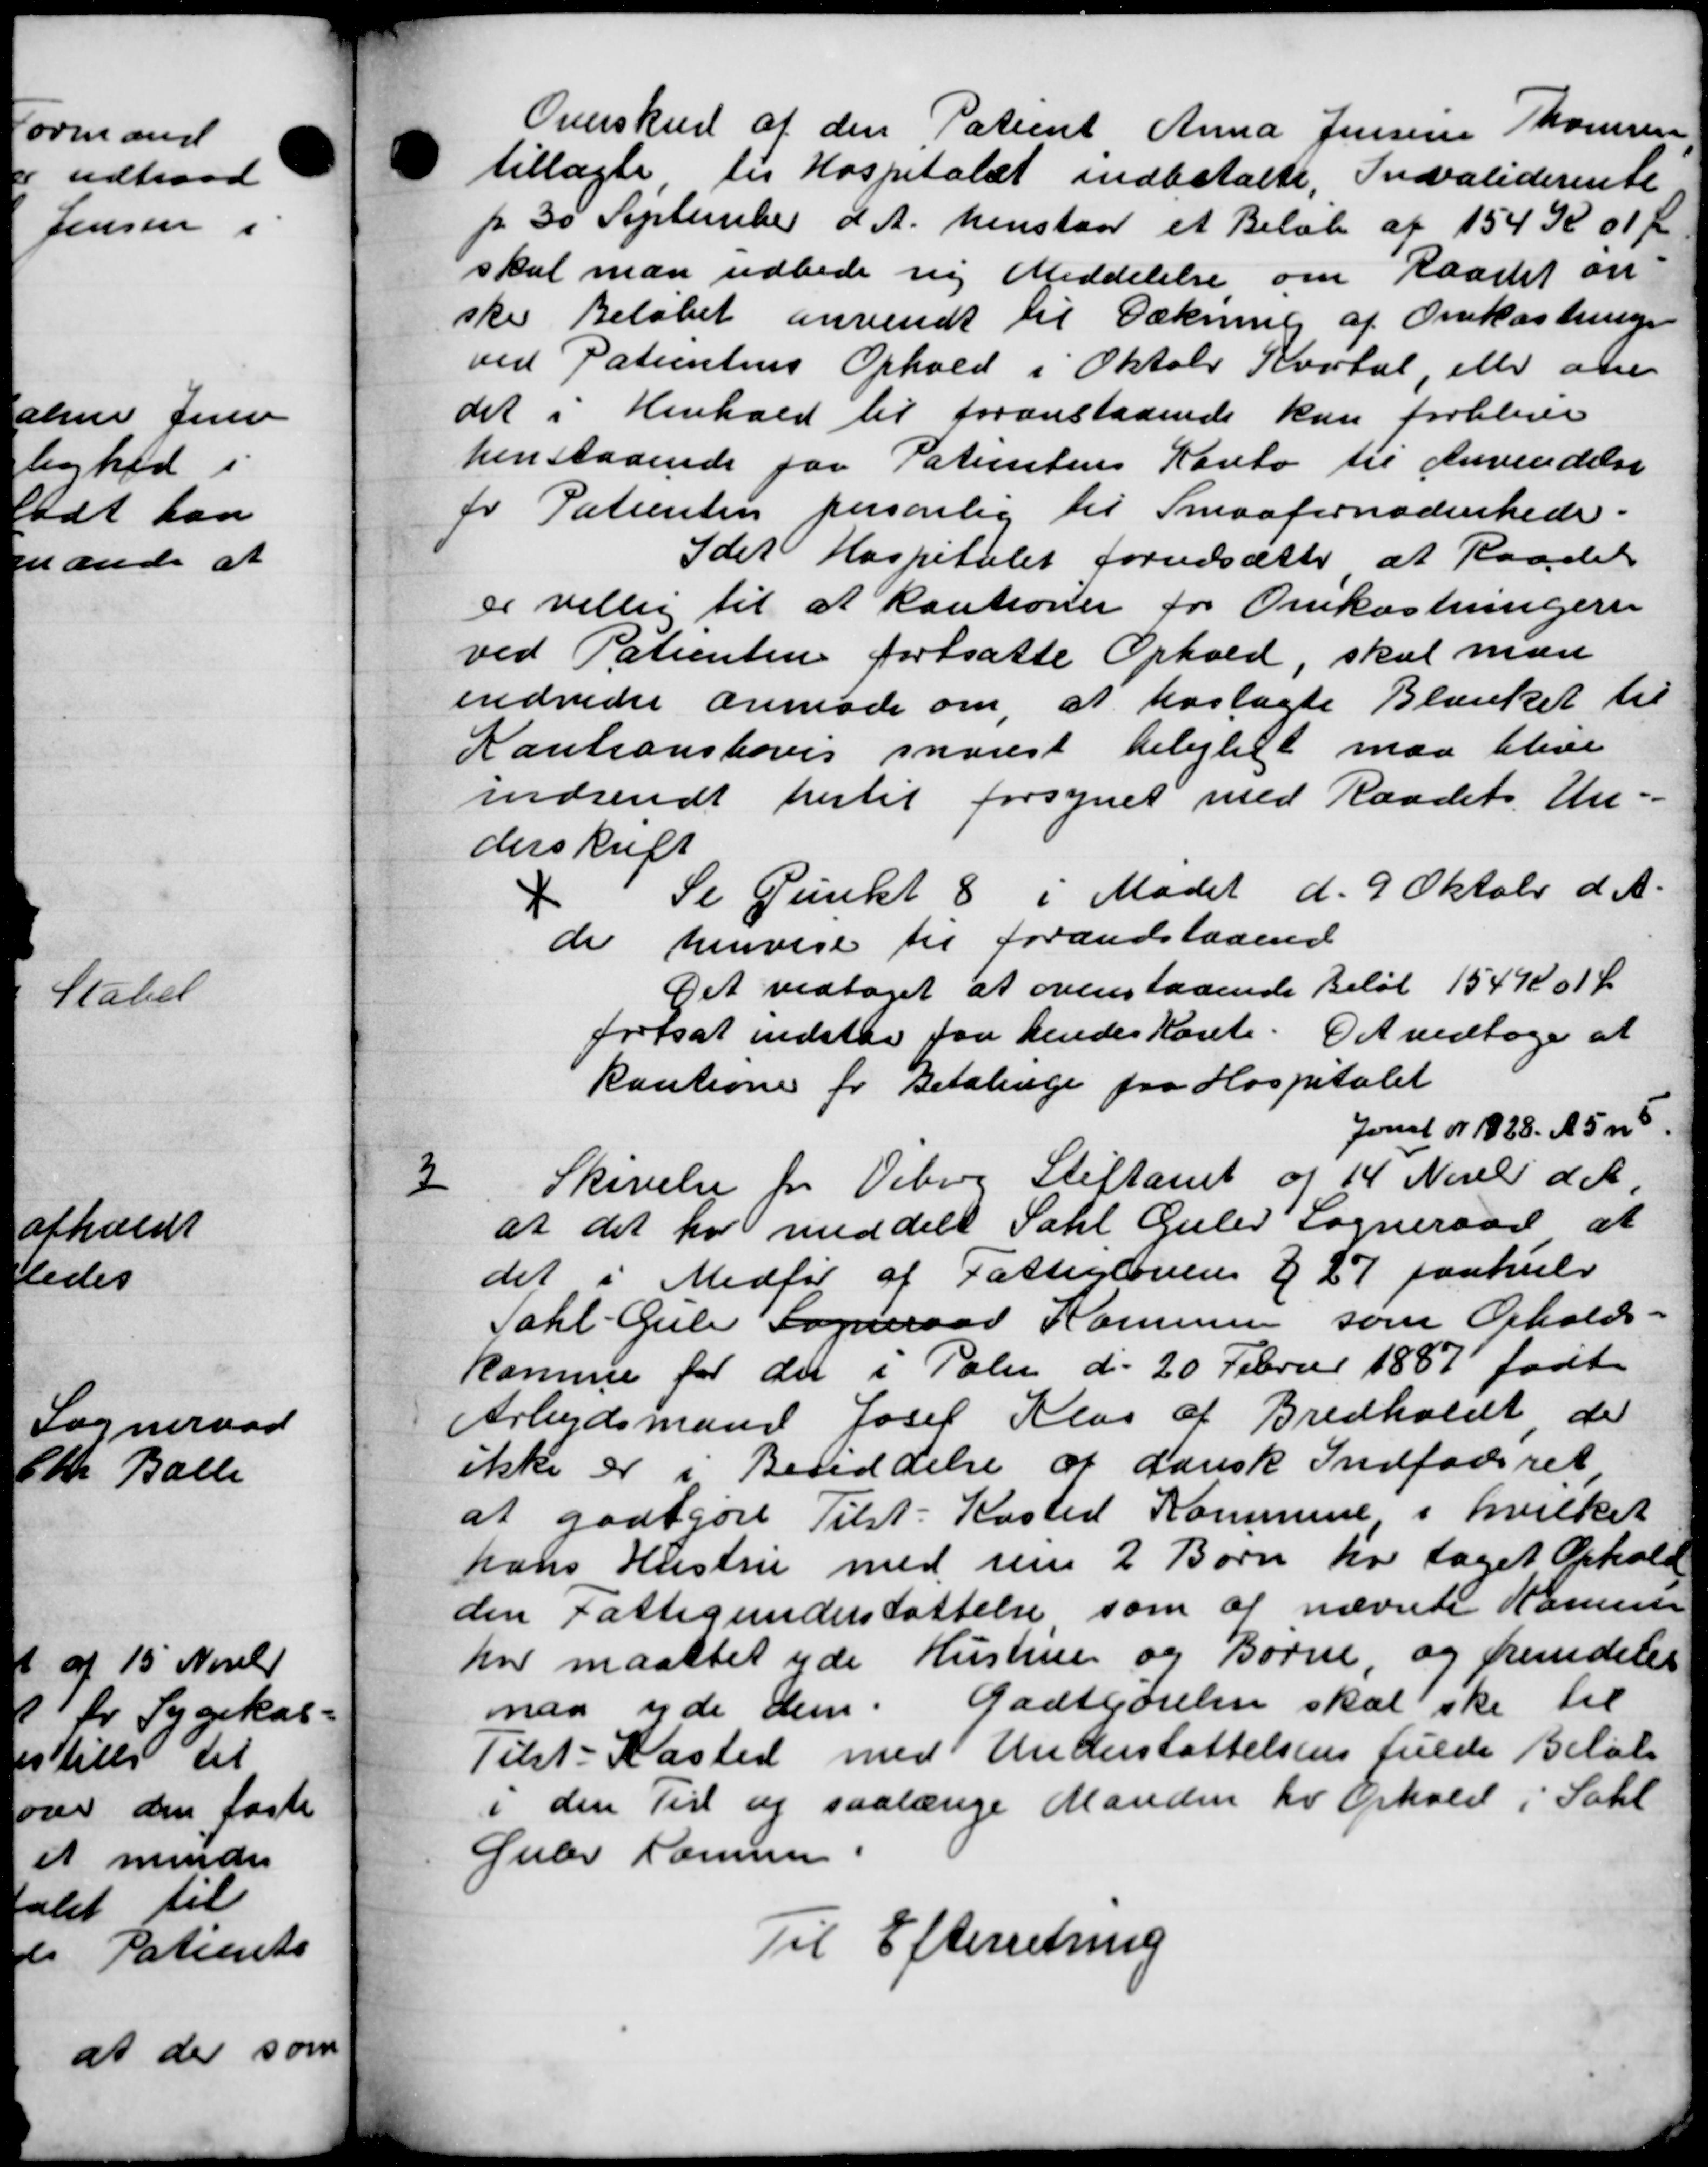
Transskription:
Overskud af den Patient Anna Jensine Thomsen
tillagte til Hospitalet indbetalte, Invaliderente
pr 30 September d. A. henstaar et Beløb af 154 K 01 Øre
skal man udbede ny Meddelelse om Raadet an-
ske Beløbet anvendt til Dækning af Omkostninger
ved Patientens Ophold i Oktober Kvartal, eller om
det i Henhold til foranstaaende kan forblive
henstaaende paa Patientens Konto til Anvendelse
fr Patienten personlig til Smaafornødenhede.
Idet Hospitalet forudsætte at Raadet
er villig til at kautioner for Omkostningern
ved Patienten fortsatte Ophold, skal man
endvider anmode om, at hoslagte Blanket til
Kautionshoves snarest belejligt maa blive
indsendt hertil forsynet med Raadets Un-
derskrift
4
Se Punkt 8 i Mødet d. 9 Oktober d. A.
de henvise til Forandstaaende
Det vedtaget at ovenstaaende Beløb 15401 Kr
fortsat indstaa faa hendes Kont. Det vedtoges at
kautioner for Betalinge fra Hospitalet
Jonst Nr 1928. A 55
3
Skrivelse fra Viborg Stiftamt af 14 Novb d. A.
at det har meddelt Sahl Gulev Sogneraad at
det i Medfør af Fattiglovens § 27 paahuld
Tahl. Gule Sogneraad Kommunen som Opholds-
komme for der i Poli d. 20 Februr 1887 født
Arbejdsmand Josef Klas af Bredholdt der
ikke er i Besiddelse af dansk Indfødsret
at godtgøre Tilst-Kasted Kommune i hvilket
hans Hustru med sin 2 Børn har taget Ophold
den Fattigunderstøttelse som at nævnte Komme
har maattet yde Hustrue og Børne og fremdeles
aa yde dem. Godtgørelsen skal ske til
Tilst-Kasted med Understøttelsens fulde Beløb
i den Tid og saalænge Manden for Ophold i Sahl
Guler Larsen.
Til Efterretning